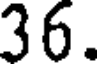
36.